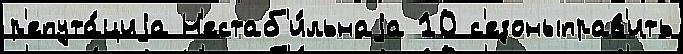
р'епута́циjа Н'естаб'и́льнаjа 10 с'езоныправ'ить